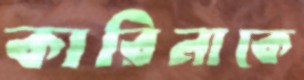
কারিনাকে